Indian journal of veterinary science and animal husbandry - Volumes 22-23, 1952-1953
Year: 1952
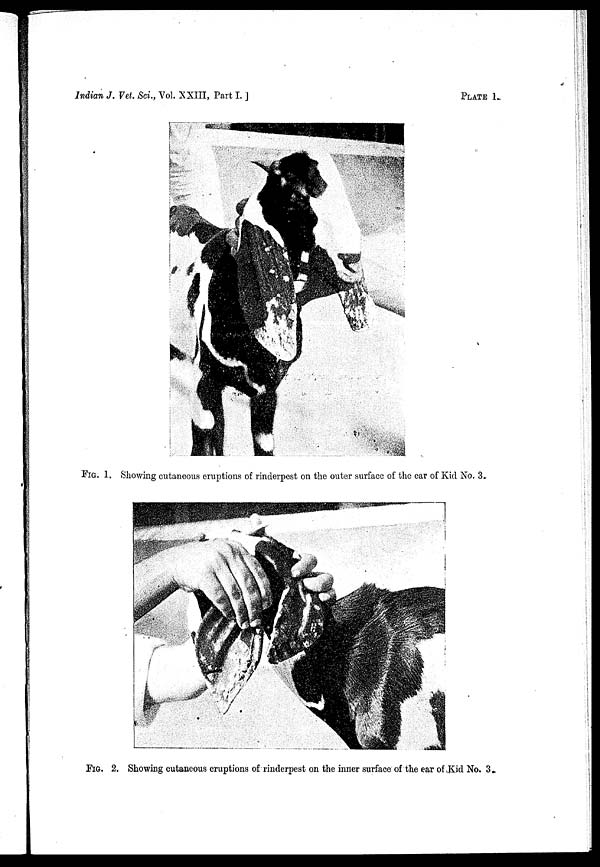
Indian J. Vet. Sci., Vol. XXIII, Part I.
PLATE 1.
FIG. 1. Showing cutaneous eruptions of rinderpest on the outer surface of the car of Kid No. 3.
FIG. 2. Showing cutaneous eruptions of rinderpest on the inner surface of the car of Kid No. 3.